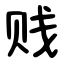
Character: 贱